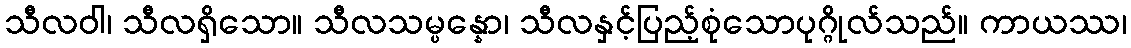
သီလဝါ၊ သီလရှိသော။ သီလသမ္ပန္နော၊ သီလနှင့်ပြည့်စုံသောပုဂ္ဂိုလ်သည်။ ကာယဿ၊